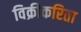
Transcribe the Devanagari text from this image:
विक्रीकरिता